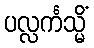
ပလ္လင်္ကသ္မိံ